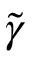
\tilde { \gamma }